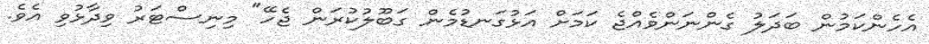
އެހެންކަމުން ބަދަލު ގެންނަންވެއްޖެ ކަމަށް އަޅުގަނޑުމެން ގަބޫލުކުރަން ޖެހޭ" މިނިސްޓަރު ވިދާޅުވި އެވެ.